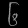
Digit: ၆